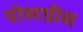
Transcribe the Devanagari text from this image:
पोस्टग्रीस